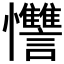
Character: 𱟚